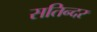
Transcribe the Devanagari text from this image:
सतिन्दर